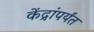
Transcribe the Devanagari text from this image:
केंद्रांपर्यंत